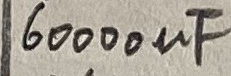
Text: 60000µF